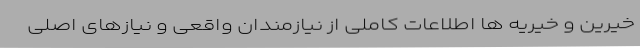
خیرین و خیریه ها اطلاعات کاملی از نیازمندان واقعی و نیازهای اصلی